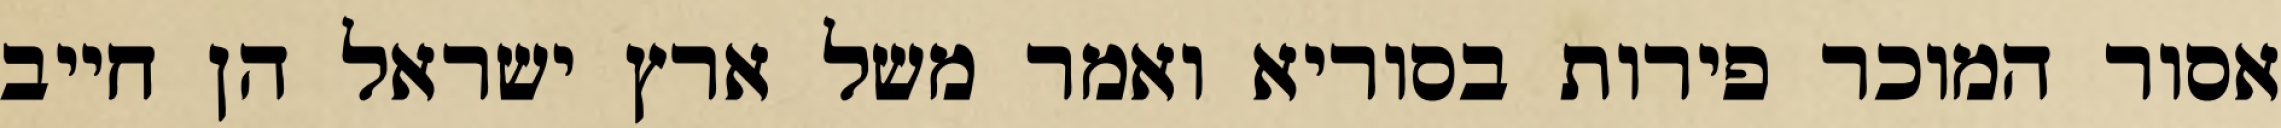
אסור המוכר פירות בסוריא ואמר משל ארץ ישראל הן חייב